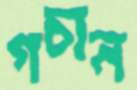
গচান